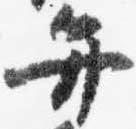
弁